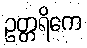
ဥတ္တရိကေ